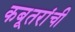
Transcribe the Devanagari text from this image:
कबूतरांची